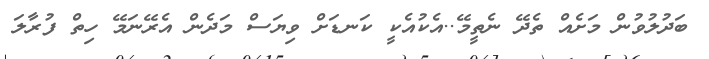
ބަދުލުވުން މަށެއް ތެދޭ ނެތީމޭ..އެކުއެކީ ކަނޑަށް ވިިޔަސް މަދެން އެރޭނަމޭ ހިތް ފުރާލަ